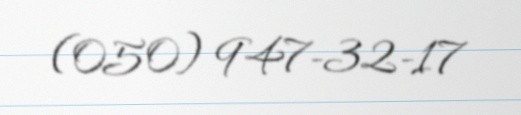
(050) 947-32-17